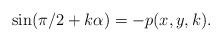
LaTeX: \begin{align*}\sin (\pi /2+k\alpha )=-p(x,y,k). \end{align*}